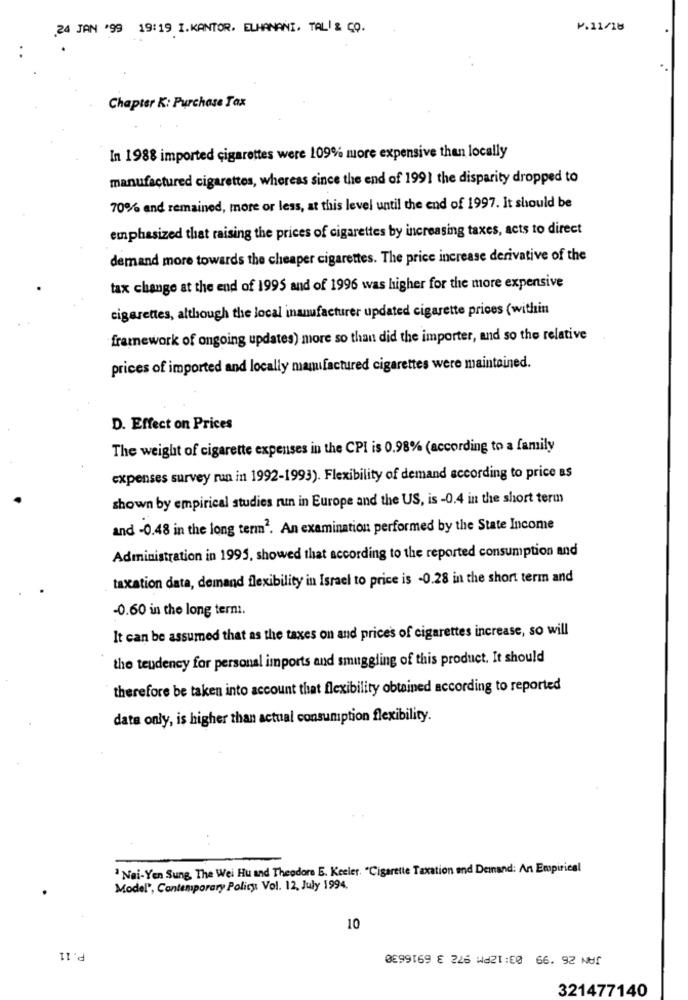
.24 JAN '99 19:19 I.KANTOR. ELHANANI. TALİ & CO.
P.11/18
Chapter K: Purchase Tax
In 1988 imported cigarettes were 109% more expensive than locally
manufactured cigarettes, whereas since the end of 1991 the disparity dropped to
70% and remained, more or less, at this level until the end of 1997. It should be
emphasized that raising the prices of cigarettes by increasing taxes, acts to direct
demand more towards the cheaper cigarettes. The price increase derivative of the
tax change at the end of 1995 and of 1996 was higher for the more expensive
cigarettes, although the local inanufacturer updated cigarette prices (within
framework of ongoing updates) more so than did the importer, and so the relative
prices of imported and locally manufactured cigarettes were maintained.
D. Effect on Prices
The weight of cigarette expenses in the CPI is 0.98% (according to a family
expenses survey run in 1992-1993). Flexibility of demand according to price as
shown by empirical studies run in Europe and the US, is -0.4 in the short term
and -0.48 in the long term2. An examination performed by the State Income
Administration in 1995, showed that according to the reported consumption and
taxation data, demand flexibility in Israel to price is -0.28 in the short term and
-0.60 in the long terni.
It can be assumed that as the taxes on and prices of cigarettes increase, so will
the tendency for personal imports and smuggling of this product. It should
therefore be taken into account that flexibility obtained according to reported
data only, is higher than actual consumption flexibility.
Nai-Yen Sung. The Wei Hu and Theodore E. Keeler. "Cigarette Taxation and Demand: An Empirical
Model", Contemporary Policy Vol. 12. July 1994.
10
P. 11
0099169 € 226 W421:50 66. 92 NU!
321477140